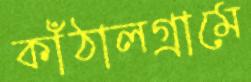
কাঁঠালগ্রামে